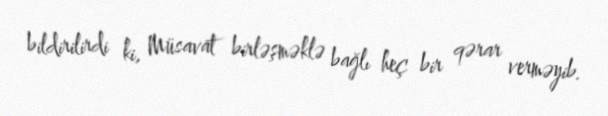
bildirilirdi ki, Müsavat birləşməklə bağlı heç bir qərar verməyib.